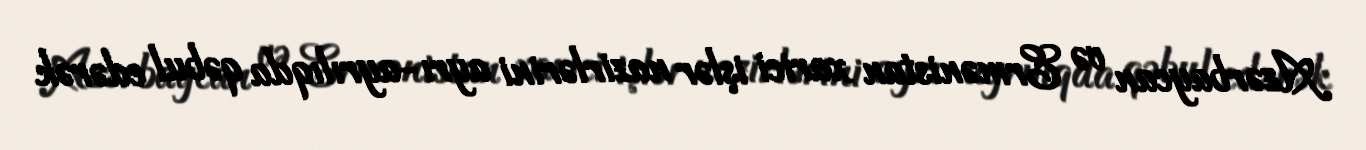
Azərbaycan və Ermənistan xarici işlər nazirlərini ayrı-ayrılıqda qəbul edərək